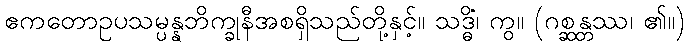
ဧကတောဥပသမ္ပန္နဘိက္ခုနီအစရှိသည်တို့နှင့်။ သဒ္ဓိံ၊ ကွ။ (ဂစ္ဆန္တဿ၊ ၏။)